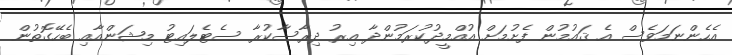
އެހެންނަމަވެސް އެ ޤައުމުން ފެށުމަށް އުއްމީދުކުރަމުންދާ އިރު ދިރާސާކުރާ ސެޓެލައިޓު މިޝަންއާއި ބެހޭގޮތުން